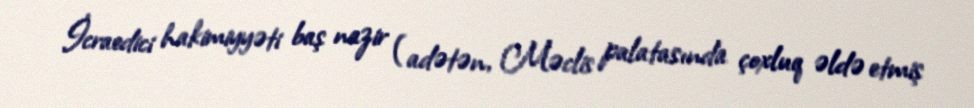
İcraedici hakimiyyəti baş nazir (adətən, Məclis palatasında çoxluq əldə etmiş